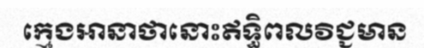
ក្មេងអានាថានោះឥទ្ធិពលវិជ្ជមាន